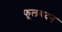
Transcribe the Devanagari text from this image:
फूलबदन